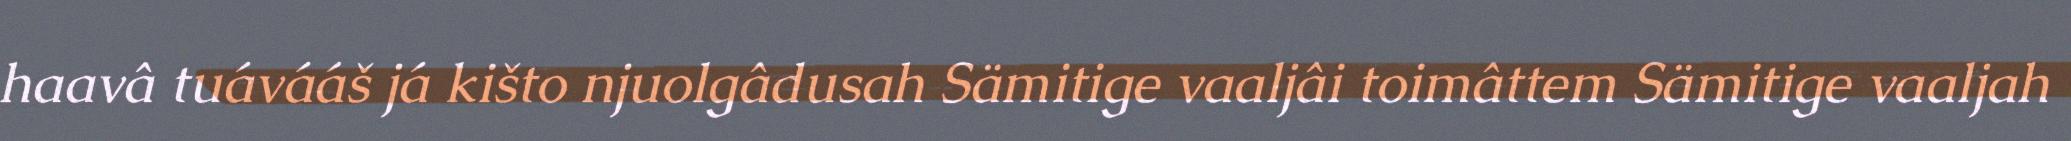
haavâ tuávááš já kišto njuolgâdusah Sämitige vaaljâi toimâttem Sämitige vaaljah